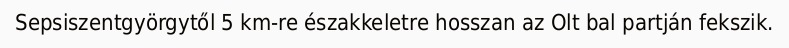
Sepsiszentgyörgytől 5 km-re északkeletre hosszan az Olt bal partján fekszik.